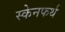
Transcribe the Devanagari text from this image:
स्केनफर्थ